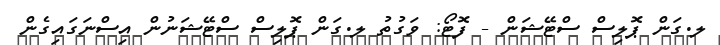
ލ.ގަން ޕޮލިސް ސްޓޭޝަން - ފޮޓޯ: ވަގުތު ލ.ގަން ޕޮލިސް ސްޓޭޝަނުން އިސްނަގައިގެން